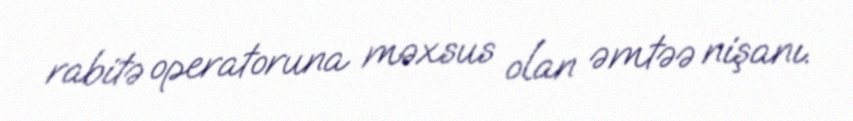
rabitə operatoruna məxsus olan əmtəə nişanı.